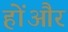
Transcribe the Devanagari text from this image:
होंऔर